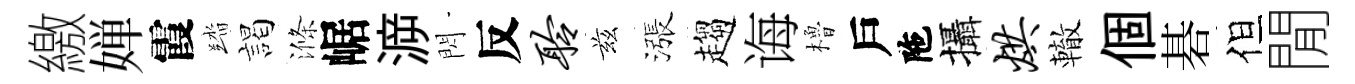
繳婵霞踏謁滌崌㴑閃反聆兹漲趨诲櫓戶陁攝烘轍個碁但閒